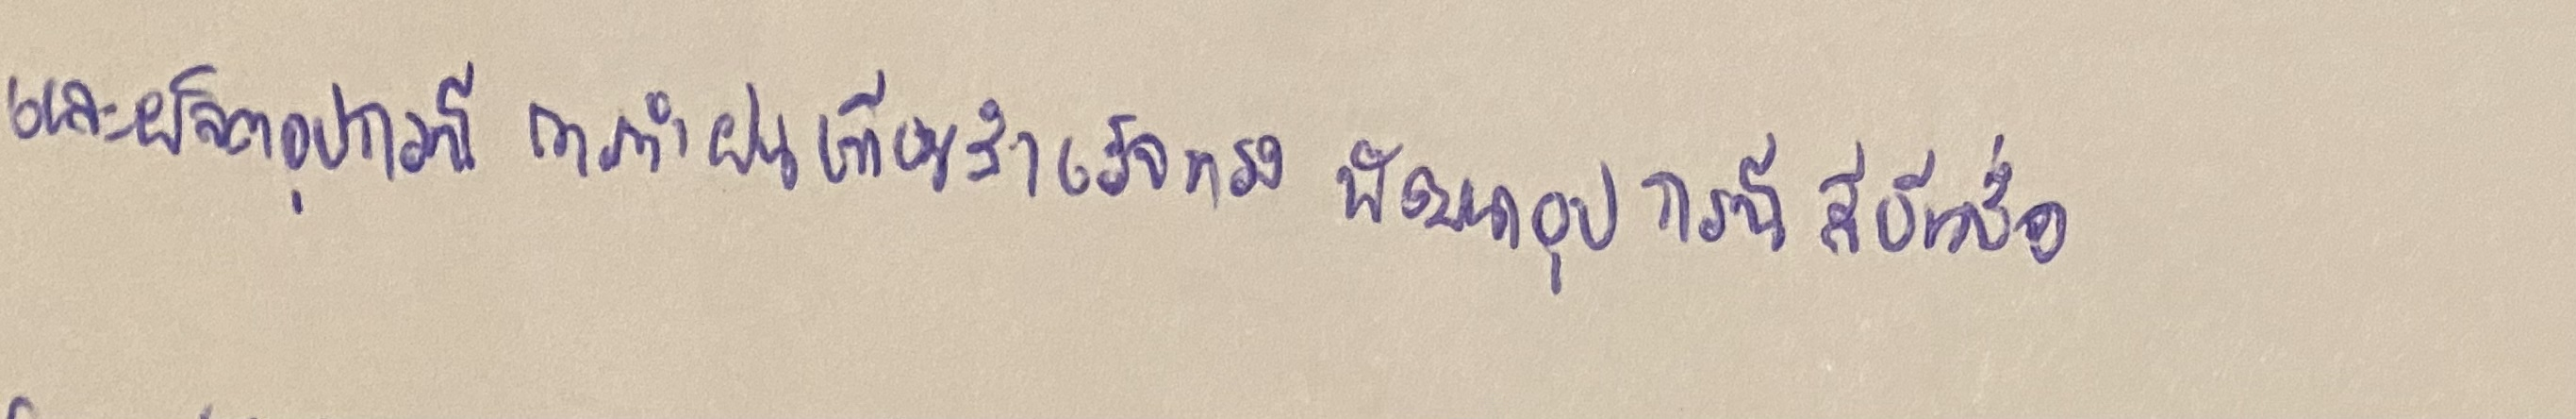
และผลิตอุปกรณ์การทำฝนเทียมสำเร็จทรงพัฒนาอุปกรณ์การสีข้าวชื่อ